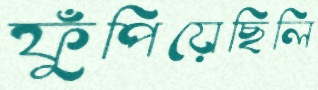
ফুঁপিয়েছিলি